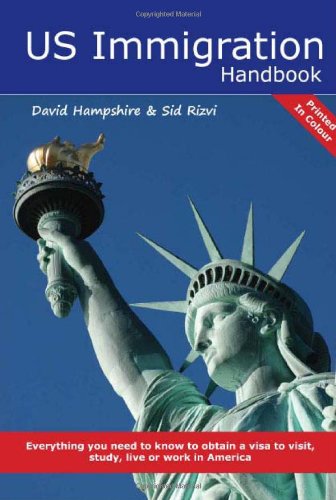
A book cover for U.S. Immigration Handbook; David Hampshire; Test Preparation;